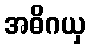
အဓိဂယှ